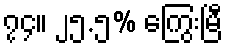
၇၄။ ၂၅.၅% ကြွေးမြီ